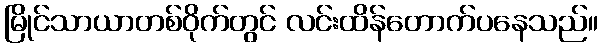
မြိုင်သာယာတစ်ဝိုက်တွင် လင်းထိန်တောက်ပနေသည်။